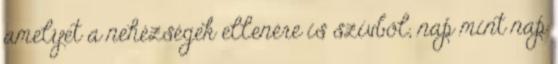
amelyet a nehézségek ellenére is szívből, nap mint nap